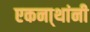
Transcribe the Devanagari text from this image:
एकना्थांनी